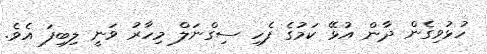
ހުޅުވިގެން ދާން އުޅޭ ކަމުގެ ފެހި ސިގްނަލް މިހާރު ވަނީ ލިބިފަ އެވެ.